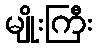
မျိုးကြီး